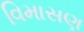
વિમાસણ